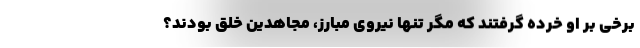
برخی بر او خرده گرفتند که مگر تنها نیروی مبارز، مجاهدین خلق بودند؟